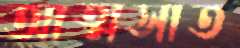
আত্মসাত